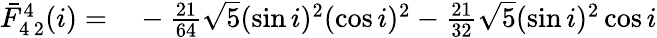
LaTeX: \begin{array}{rl}{\bar{F}_{4\, 2}^{4}(i)=}&{{}-\frac{21}{64}\sqrt{5}(\sin i)^{2}(\cos i)^{2}-\frac{21}{32}\sqrt{5}(\sin i)^{2}\cos i}\end{array}